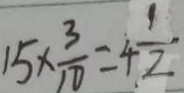
1 5 \times \frac { 3 } { 1 0 } = 4 \frac { 1 } { 2 }